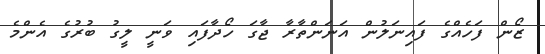
ޒޯން ފަހެއްގެ ފައިނަލުން އަނަންތާރާ ޖާގަ ހޯދާފައި ވަނީ ލީގު ބުރުގެ އެންމެ